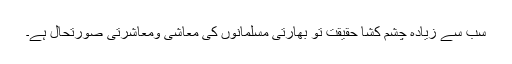
سب سے زیادہ چشم کشا حقیقت تو بھارتی مسلمانوں کی معاشی ومعاشرتی صورتحال ہے۔